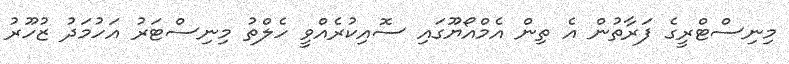
މިނިސްޓްރީގެ ފަރާތުން އެ ތިން އެމްއޯޔޫގައި ސޮއިކުރެއްވީ ހެލްތު މިނިސްޓަރު އަހުމަދު ޒުހޫރު